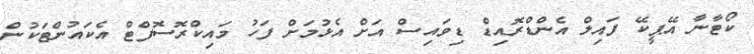
ކޯޓާނާ އޭޕީކޭ ފައިލް އެންޑްރޮއިޑް ޑިވައިސް އަށް އެޅުމަށް ފަހު މައިކްރޮސޮފްޓް އެކައުންޓަކުން